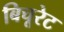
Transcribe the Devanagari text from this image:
बिचूरेट